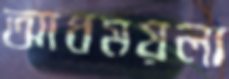
আধময়লা